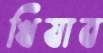
খিযাব